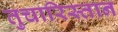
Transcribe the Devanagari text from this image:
तुचारिस्तान